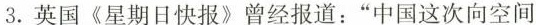
3.英国《星期日快报》曾经报道：“中国这次向空间